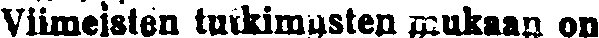
Viimeisten tutkimsten mukaan on